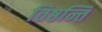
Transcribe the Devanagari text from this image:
तिष्ठन्ति